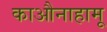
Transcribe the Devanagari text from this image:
काऔनाहामू